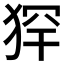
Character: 𤞶